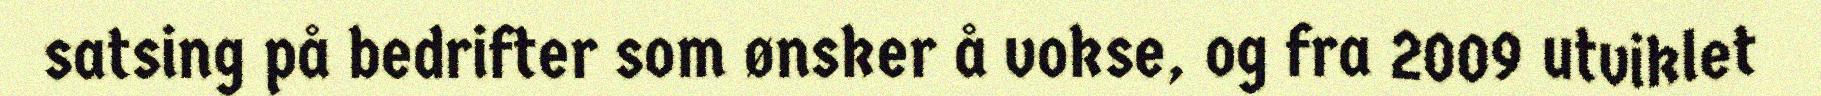
satsing på bedrifter som ønsker å vokse, og fra 2009 utviklet